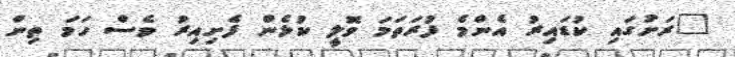
"ރަށުގައި ކުޑައިރު އެންމެ ފުރަތަމަ ވޮލީ ކުޅެން ފެށިއިރު ވެސް ހަމަ ތިން